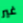
غير